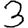
Digit: 3